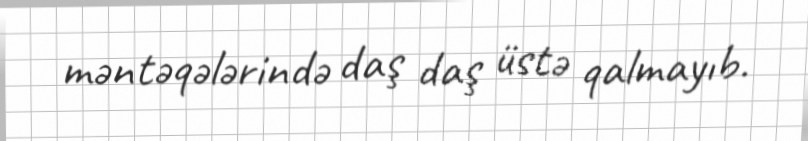
məntəqələrində daş daş üstə qalmayıb.